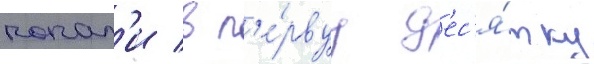
попал'и в п'е́рвуу д'ес'я́тку